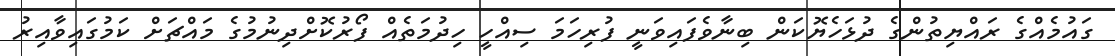
ގައުމެއްގެ ރައްޔިތުންގެ ދުޅަހެޔޮކަން ބިނާވެފައިވަނީ ފުރިހަމަ ސިއްހީ ހިދުމަތެއް ފޯރުކޮށްދިނުމުގެ މައްޗަށް ކަމުގައިވާއިރު